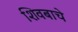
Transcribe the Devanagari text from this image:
शिवबाचे